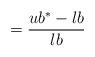
LaTeX: \begin{gather*} = \frac{ub^* - lb}{lb}\end{gather*}